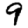
Digit: 9